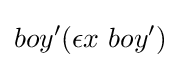
boy'(\epsilon x\ boy')